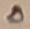
Text: 0